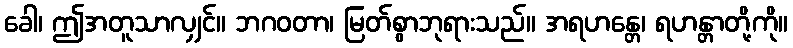
ခေါ၊ ဤအတူသာလျှင်။ ဘဂဝတာ၊ မြတ်စွာဘုရားသည်။ အရဟန္တေ၊ ရဟန္တာတို့ကို။